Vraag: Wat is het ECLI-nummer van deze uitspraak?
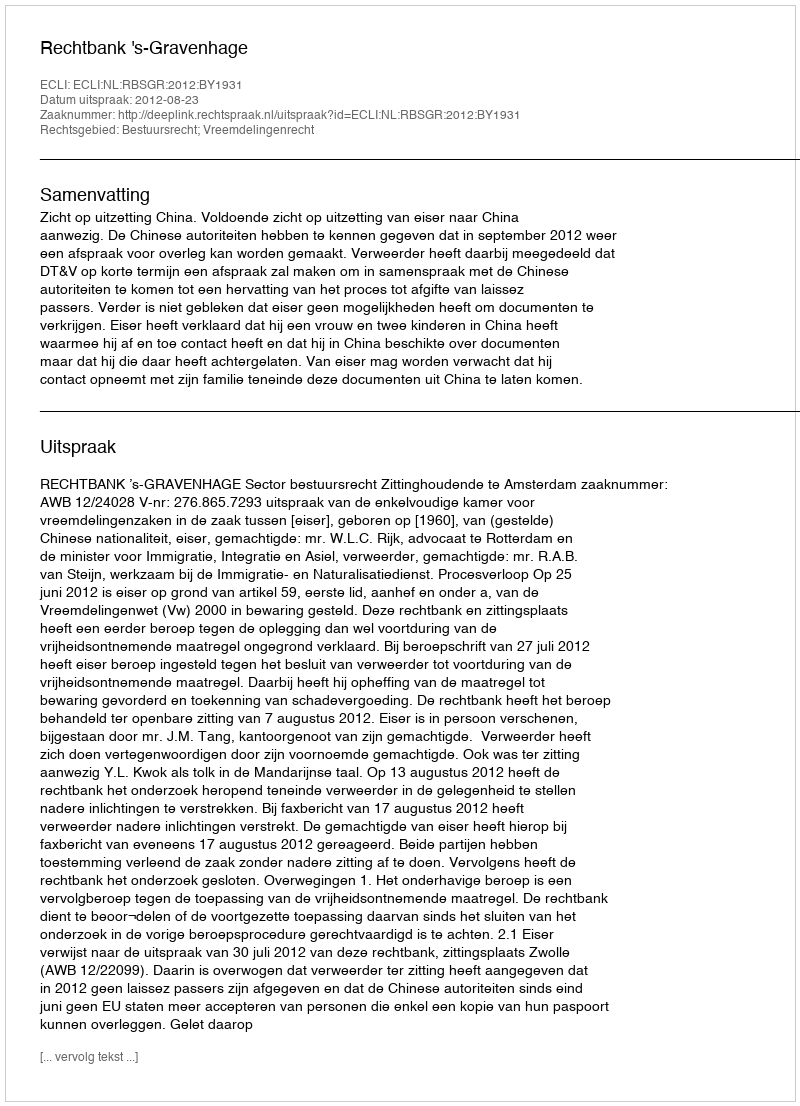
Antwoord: ECLI:NL:RBSGR:2012:BY1931